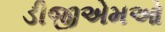
ડીજીએમઓ